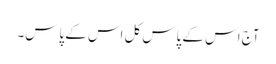
آج اس کے پاس کل اس کے پاس۔